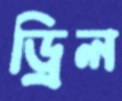
ড্রিল